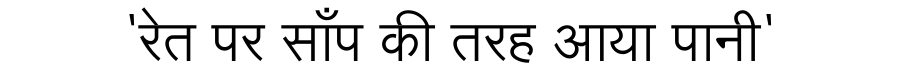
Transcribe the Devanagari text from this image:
'रेत पर साँप की तरह आया पानी'